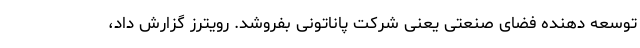
توسعه دهنده فضای صنعتی یعنی شرکت پاناتونی بفروشد. رویترز گزارش داد،